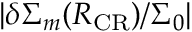
\vert \delta \Sigma _ { m } ( R _ { \mathrm { C R } } ) / \Sigma _ { 0 } \vert